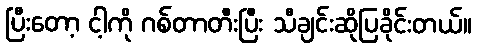
ပြီးတော့ ငါ့ကို ဂစ်တာတီးပြီး သီချင်းဆိုပြခိုင်းတယ်။